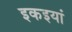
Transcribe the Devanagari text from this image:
इकइयां